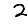
Digit: 2